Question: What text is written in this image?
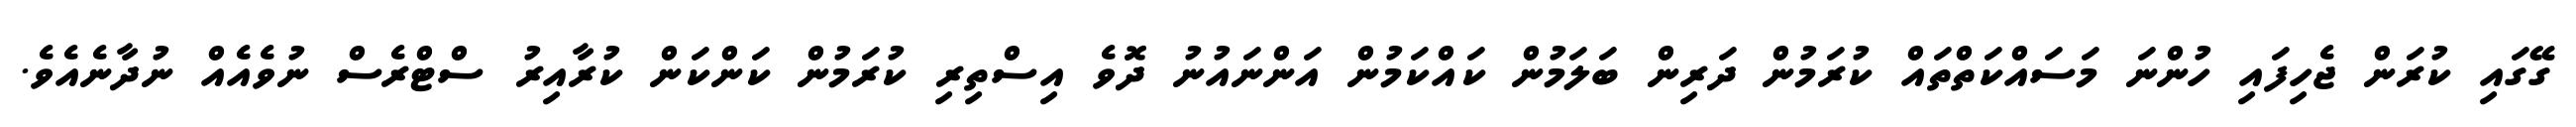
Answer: ގޭގައި ކުރަން ޖެހިފައި ހުންނަ މަސައްކަތްތައް ކުރަމުން ދަރިން ބަލަމުން ކައްކަމުން އަންނައުނު ދޮވެ އިސްތިރި ކުރަމުން ކަންކަން ކުރާއިރު ސްޓްރެސް ނުވެއެއް ނުދާނެއެވެ.